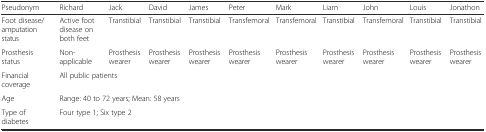
| Pseudonym | Richard | Jack | David | James | Peter | Mark | Liam | John | Louis | Jonathon |
 | --- | --- | --- | --- | --- | --- | --- | --- | --- | --- | --- |
 | Foot disease/amputation status | Active foot disease on both feet | Transtibial | Transtibial | Transtibial | Transfemoral | Transfemoral | Transtibial | Transfemoral | Transtibial | Transtibial |
 | Prosthesis status | Non-applicable | Prosthesis wearer | Prosthesis wearer | Prosthesis wearer | Prosthesis wearer | Prosthesis wearer | Prosthesis wearer | Prosthesis wearer | Prosthesis wearer | Prosthesis wearer |
 | Financial coverage | <COLSPAN=10> All public patients |
 | Age | <COLSPAN=10> Range: 40 to 72 years; Mean: 58 years |
 | Type of diabetes | <COLSPAN=10> Four type 1; Six type 2 |